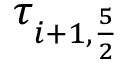
\tau _ { i + 1 , \frac { 5 } { 2 } }